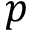
p